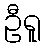
ဦရူ